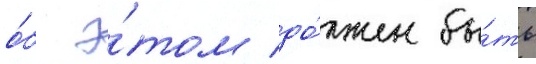
о́б э́том до́лжен бы́ть